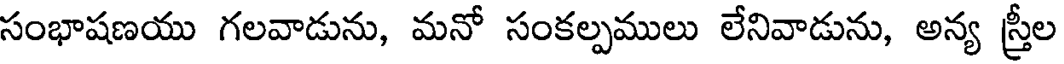
సంభాషణయు గలవాడును, మనో సంకల్పములు లేనివాడును, అన్య స్త్రీల